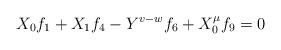
LaTeX: \begin{align*} X_{0}f_{1} + X_{1}f_{4} - Y^{v-w}f_{6} + X_{0}^{\mu}f_{9} = 0\end{align*}